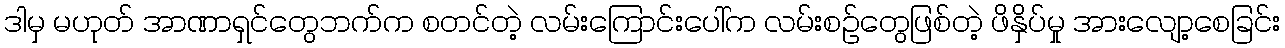
ဒါမှ မဟုတ် အာဏာရှင်တွေဘက်က စတင်တဲ့ လမ်းကြောင်းပေါ်က လမ်းစဉ်တွေဖြစ်တဲ့ ဖိနှိပ်မှု အားလျော့စေခြင်း